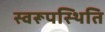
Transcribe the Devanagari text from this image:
स्वरूपस्थिति